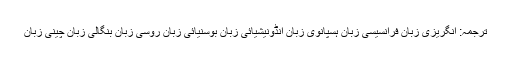
ترجمہ: انگریزی زبان فرانسیسی زبان ہسپانوی زبان انڈونیشیائی زبان بوسنیائی زبان روسی زبان بنگالی زبان چینی زبان